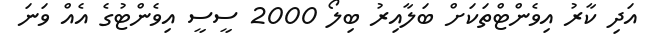
އަދި ކާރު އިވެންޓްތަކަށް ބަލާއިރު ބިލޯ 2000 ސީސީ އިވެންޓުގެ އެއް ވަނަ